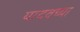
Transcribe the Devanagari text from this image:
यादवच्या